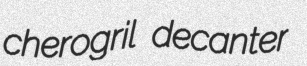
cherogril decanter